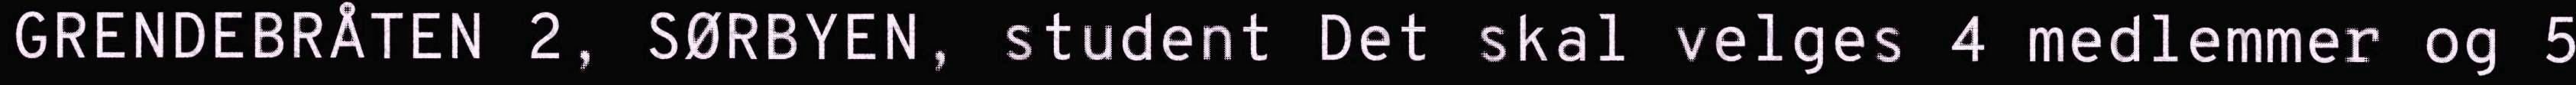
GRENDEBRÅTEN 2, SØRBYEN, student Det skal velges 4 medlemmer og 5